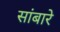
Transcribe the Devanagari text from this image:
सांबारे